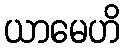
ယာမေဟိ